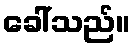
ခေါ်သည်။